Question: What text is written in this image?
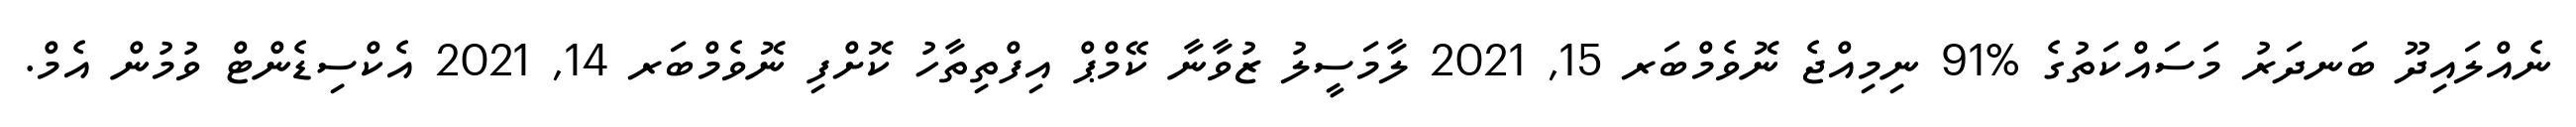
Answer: ނެއްލައިދޫ ބަނދަރު މަސައްކަތުގެ %91 ނިމިއްޖެ ނޮވެމްބަރ 15, 2021 ލާމަސީލު ޒުވާނާ ކޭމްޕް އިފްތިތާހު ކޮށްފި ނޮވެމްބަރ 14, 2021 އެކްސިޑެންޓް ވުމުން އެމް.